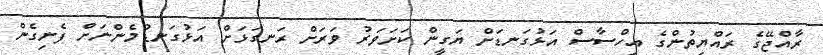
ރާއްޖޭގެ ރައްޔިތުންގެ އިހްސާސް އަޅުގަނޑަށް ޔަގީން ކަށަވަރު ވަރަށް ރަނގަޅަށް އަޅުގަނޑުމެންނަށް ފެނިގެން